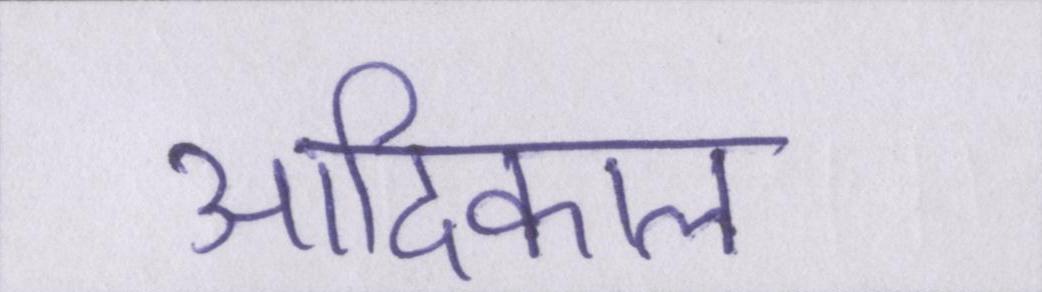
आदिकाल